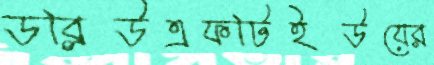
ডব্লিউএফটিইউয়ের